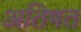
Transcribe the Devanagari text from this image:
अतिषत